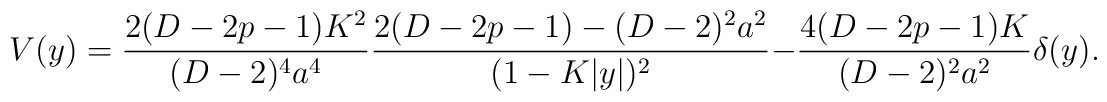
V(y)={{2(D-2p-1)K^2}\over{(D-2)^4a^4}}{{2(D-2p-1)-(D-2)^2a^2}\over{(1-K|y|)^2}}-{{4(D-2p-1)K}\over{(D-2)^2a^2}}\delta(y).